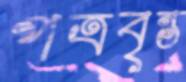
পত্রবৃন্ত